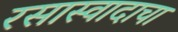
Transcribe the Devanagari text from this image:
रसास्वादाचा